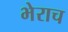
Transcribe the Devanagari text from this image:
भेराच